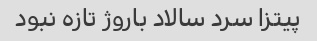
پیتزا سرد سالاد باروژ تازه نبود